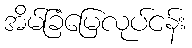
အိမ်ခြံမြေလုပ်ငန်း